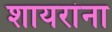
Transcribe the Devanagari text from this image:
शायरांना